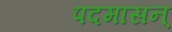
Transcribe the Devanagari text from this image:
पदमासन्